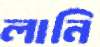
লানি